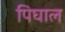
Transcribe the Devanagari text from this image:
पिघाल